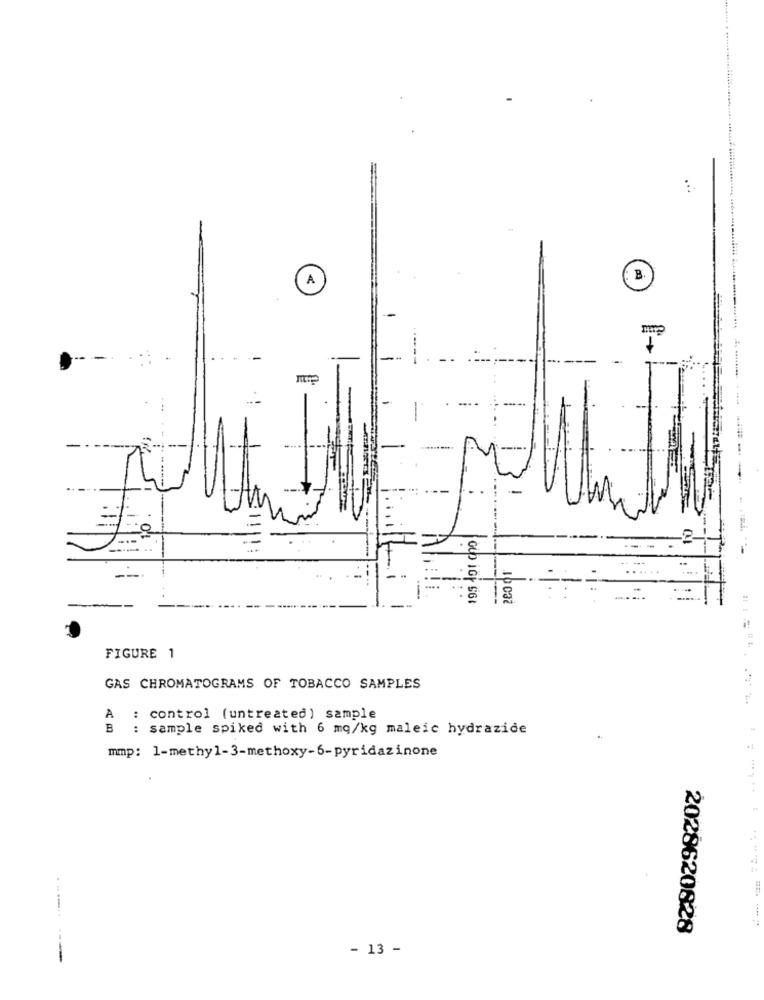
...
---
FIGURE 1
GAS CHROMATOGRAMS OF TOBACCO SAMPLES
A : control (untreated) sample
B : sample spiked with 6 mq/kg maleic hydrazide
mmp: 1-methyl-3-methoxy-6-pyridazinone
2028620828
- 13 -